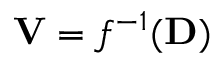
\mathbf { V } = f ^ { - 1 } ( \mathbf { D } )